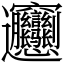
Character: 𰻝